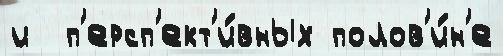
и  п'ерсп'ект'и́вных полов'и́н'е